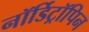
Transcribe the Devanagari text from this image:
नॉर्डिट्रॉपिन